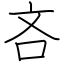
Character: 吝